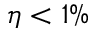
\eta < 1 \%